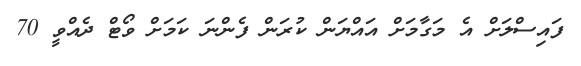
ފައިސްލަށް އެ މަގާމަށް އައްޔަން ކުރަން ފެންނަ ކަމަށް ވޯޓް ދެއްވީ 70